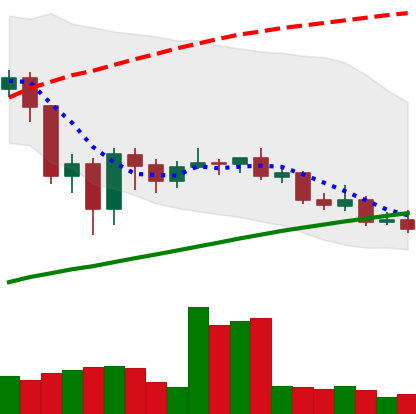
Ticker: LINK-USD
Chart end date: 2020-09-20
Forward return: 9.656%
Label: up_7plus